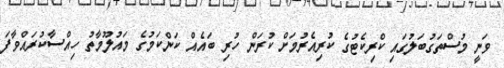
ވަނީ މުސްތަގުބަލުގައި ކްރިކެޓުގެ ކުރިއެރުމަށް ކުރަން ހުރި ބައެއް ކަންކަމުގެ މައުލޫމާތު ހިއްސާކުރައްވާފަ